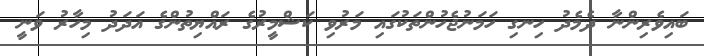
ބައިވެރިންނާ ދެމެދު ހިނގި ހަމަނުޖެހުންތަކުގައި މަރުވި ކަޝްމީރުގެ ރައްޔިތުންގެ އަދަދު މިހާރު ވަނީ